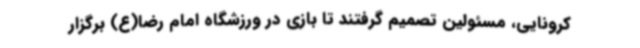
کرونایی، مسئولین تصمیم گرفتند تا بازی در ورزشگاه امام رضا(ع) برگزار